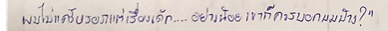
ผมก็ไม่แคร์หรอกแต่เรื่องเด็ก....อย่างน้อยเขาก็ควรบอกผมบ้าง?"